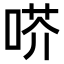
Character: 𠶋